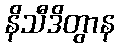
နိသီဒိတွာန